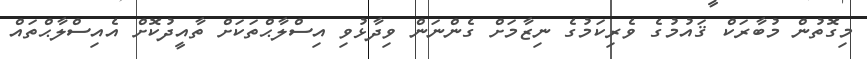
މިގޮތުން މުބާރަކް ޤައުމުގެ ވެރިކަމުގެ ނިޒާމަށް ގެންނަން ވިދާޅުވި އިސްލާޙްތަކަށް ތާއީދުކޮށް އެއިސްލާޙްތައް